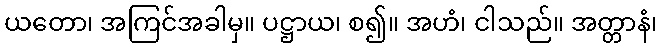
ယတော၊ အကြင်အခါမှ။ ပဋ္ဌာယ၊ စ၍။ အဟံ၊ ငါသည်။ အတ္တာနံ၊